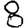
Digit: 8